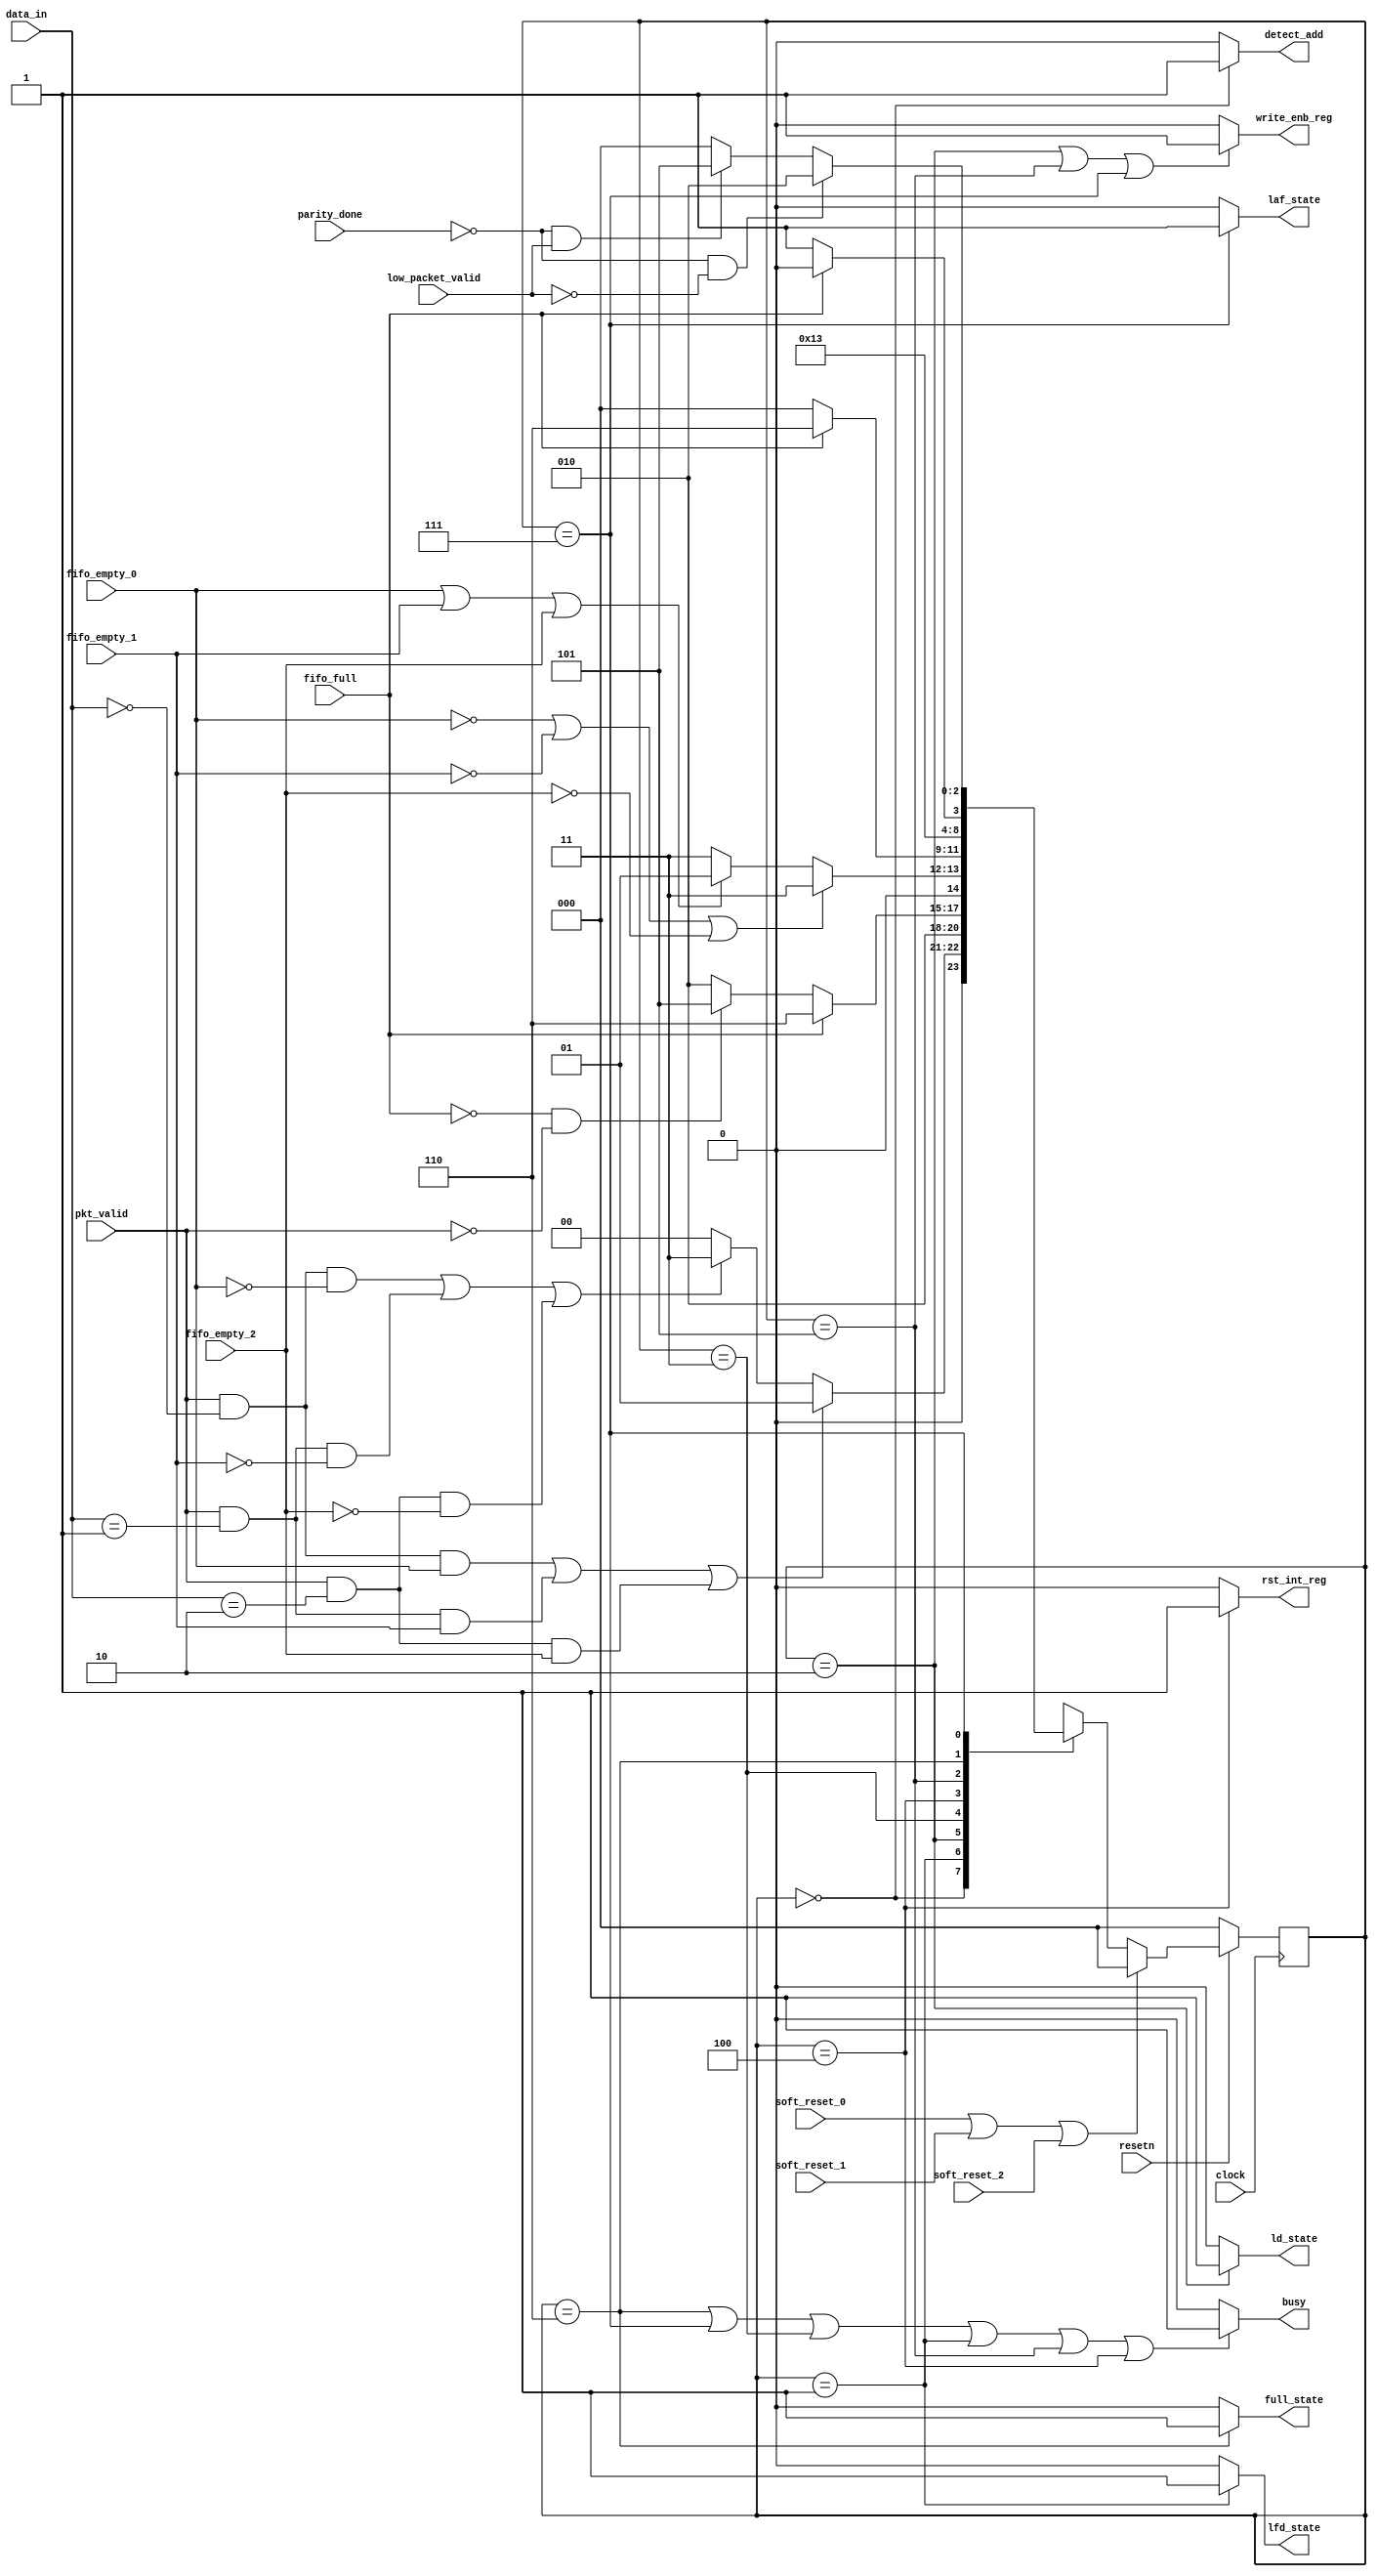
/***************************************************************************************************

NAME        :  MOHAMED ANAS MN
FILENAME    :  router_fsm.v
DATE        :  22/08/2021
DESCRIPTION :  ROUTER FSM - design

****************************************************************************************************/

module router_fsm(clock,resetn,pkt_valid,data_in,fifo_full,fifo_empty_0,fifo_empty_1,fifo_empty_2,
                  soft_reset_0,soft_reset_1,soft_reset_2,parity_done,low_packet_valid,
                  write_enb_reg,detect_add,ld_state,laf_state,lfd_state,full_state,rst_int_reg,busy);

input clock,resetn,pkt_valid,fifo_full,fifo_empty_0,fifo_empty_1,fifo_empty_2;
input soft_reset_0,soft_reset_1,soft_reset_2,parity_done,low_packet_valid;
input [1:0] data_in;
output write_enb_reg,detect_add,ld_state,laf_state,lfd_state,full_state,rst_int_reg,busy;
  
  
parameter DECODE_ADDRESS     = 3'b000,
          LOAD_FIRST_DATA 	 = 3'b001,
          LOAD_DATA 		 = 3'b010,
          WAIT_TILL_EMPTY 	 = 3'b011,
          CHECK_PARITY_ERROR = 3'b100,
          LOAD_PARITY 		 = 3'b101,
          FIFO_FULL_STATE 	 = 3'b110,
          LOAD_AFTER_FULL 	 = 3'b111;
  
  reg [2:0] PS,NS;
          
  always@(posedge clock)
    begin
      if(!resetn)
        PS <= DECODE_ADDRESS;
      else if(soft_reset_0 || soft_reset_1 || soft_reset_2)
        PS <= DECODE_ADDRESS;
      else 
        PS <= NS;
    end
  
  
  always@(*)
    begin
      NS = DECODE_ADDRESS;
      case(PS)
        
        DECODE_ADDRESS : 
                  begin
                    if((pkt_valid && (data_in[1:0]==0) && fifo_empty_0)||
                       (pkt_valid && (data_in[1:0]==1) && fifo_empty_1)||
                       (pkt_valid && (data_in[1:0]==2) && fifo_empty_2))
                      
                      NS = LOAD_FIRST_DATA;
                    
                    else if((pkt_valid && (data_in[1:0]==0) && (~fifo_empty_0))||
                            (pkt_valid && (data_in[1:0]==1) && (~fifo_empty_1))||
                            (pkt_valid && (data_in[1:0]==2) && (~fifo_empty_2)))
                      
                      NS = WAIT_TILL_EMPTY;
                    
                    else
                      NS = DECODE_ADDRESS;
                  end
        
        LOAD_FIRST_DATA :  NS = LOAD_DATA;
        
        LOAD_DATA       : 
                        begin
			      			if(fifo_full)
				 				NS=FIFO_FULL_STATE;
                          else if(!fifo_full && !pkt_valid)
				 				NS=LOAD_PARITY;
			      			else
				 				NS=LOAD_DATA;
			   			end 
        
        WAIT_TILL_EMPTY  : 
                        begin
                          if((!fifo_empty_0) || (!fifo_empty_1) || (!fifo_empty_2))
				 			NS=WAIT_TILL_EMPTY;
			      		  else if(fifo_empty_0||fifo_empty_1||fifo_empty_2)
				 			NS=LOAD_FIRST_DATA;
			      		  else
				 			NS=WAIT_TILL_EMPTY;
                         end
        
        CHECK_PARITY_ERROR:
          				begin
			    			if(fifo_full)
			      	 			NS=FIFO_FULL_STATE;
			    			else
			         			NS=DECODE_ADDRESS;

			   			 end

       LOAD_PARITY     	  :	NS=CHECK_PARITY_ERROR;
			 

       FIFO_FULL_STATE	  :	   
          				begin
                        	if(!fifo_full)
			         			NS=LOAD_AFTER_FULL;
			      			else if(fifo_full)
			         			NS=FIFO_FULL_STATE;
			  		 		end
        
        LOAD_AFTER_FULL:	   
          				begin
          					if((!parity_done) && (!low_packet_valid))
			   					NS=LOAD_DATA;
          					else if((!parity_done) && (low_packet_valid))
			   					NS=LOAD_PARITY;
          					else if(parity_done)
			   					NS=DECODE_ADDRESS;
			   			 end
        
      endcase
   end
  
  assign detect_add = ((PS==DECODE_ADDRESS)?1:0); 
  assign write_enb_reg=((PS==LOAD_DATA||PS==LOAD_PARITY||PS==LOAD_AFTER_FULL)?1:0);
  assign full_state=((PS==FIFO_FULL_STATE)?1:0);
  assign lfd_state=((PS==LOAD_FIRST_DATA)?1:0);
  assign busy=((PS==FIFO_FULL_STATE||PS==LOAD_AFTER_FULL||PS==WAIT_TILL_EMPTY||
       PS==LOAD_FIRST_DATA||PS==LOAD_PARITY||PS==CHECK_PARITY_ERROR)?1:0);
  //assign busy=((PS==LOAD_DATA || PS==DECODE_ADDRESS)?0:1);
  assign ld_state=((PS==LOAD_DATA)?1:0);
  assign laf_state=((PS==LOAD_AFTER_FULL)?1:0);
  assign rst_int_reg=((PS==CHECK_PARITY_ERROR)?1:0);
  
endmodule